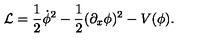
{ \cal L } = \frac { 1 } { 2 } \dot { \phi } ^ { 2 } - \frac { 1 } { 2 } ( \partial _ { x } \phi ) ^ { 2 } - V ( \phi ) .